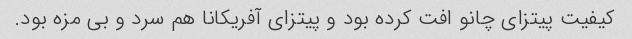
کیفیت پیتزای چانو افت کرده بود و پیتزای آفریکانا هم سرد و بی مزه بود.